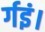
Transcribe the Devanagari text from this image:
र्गइं।